Riigikantselei, lk 146
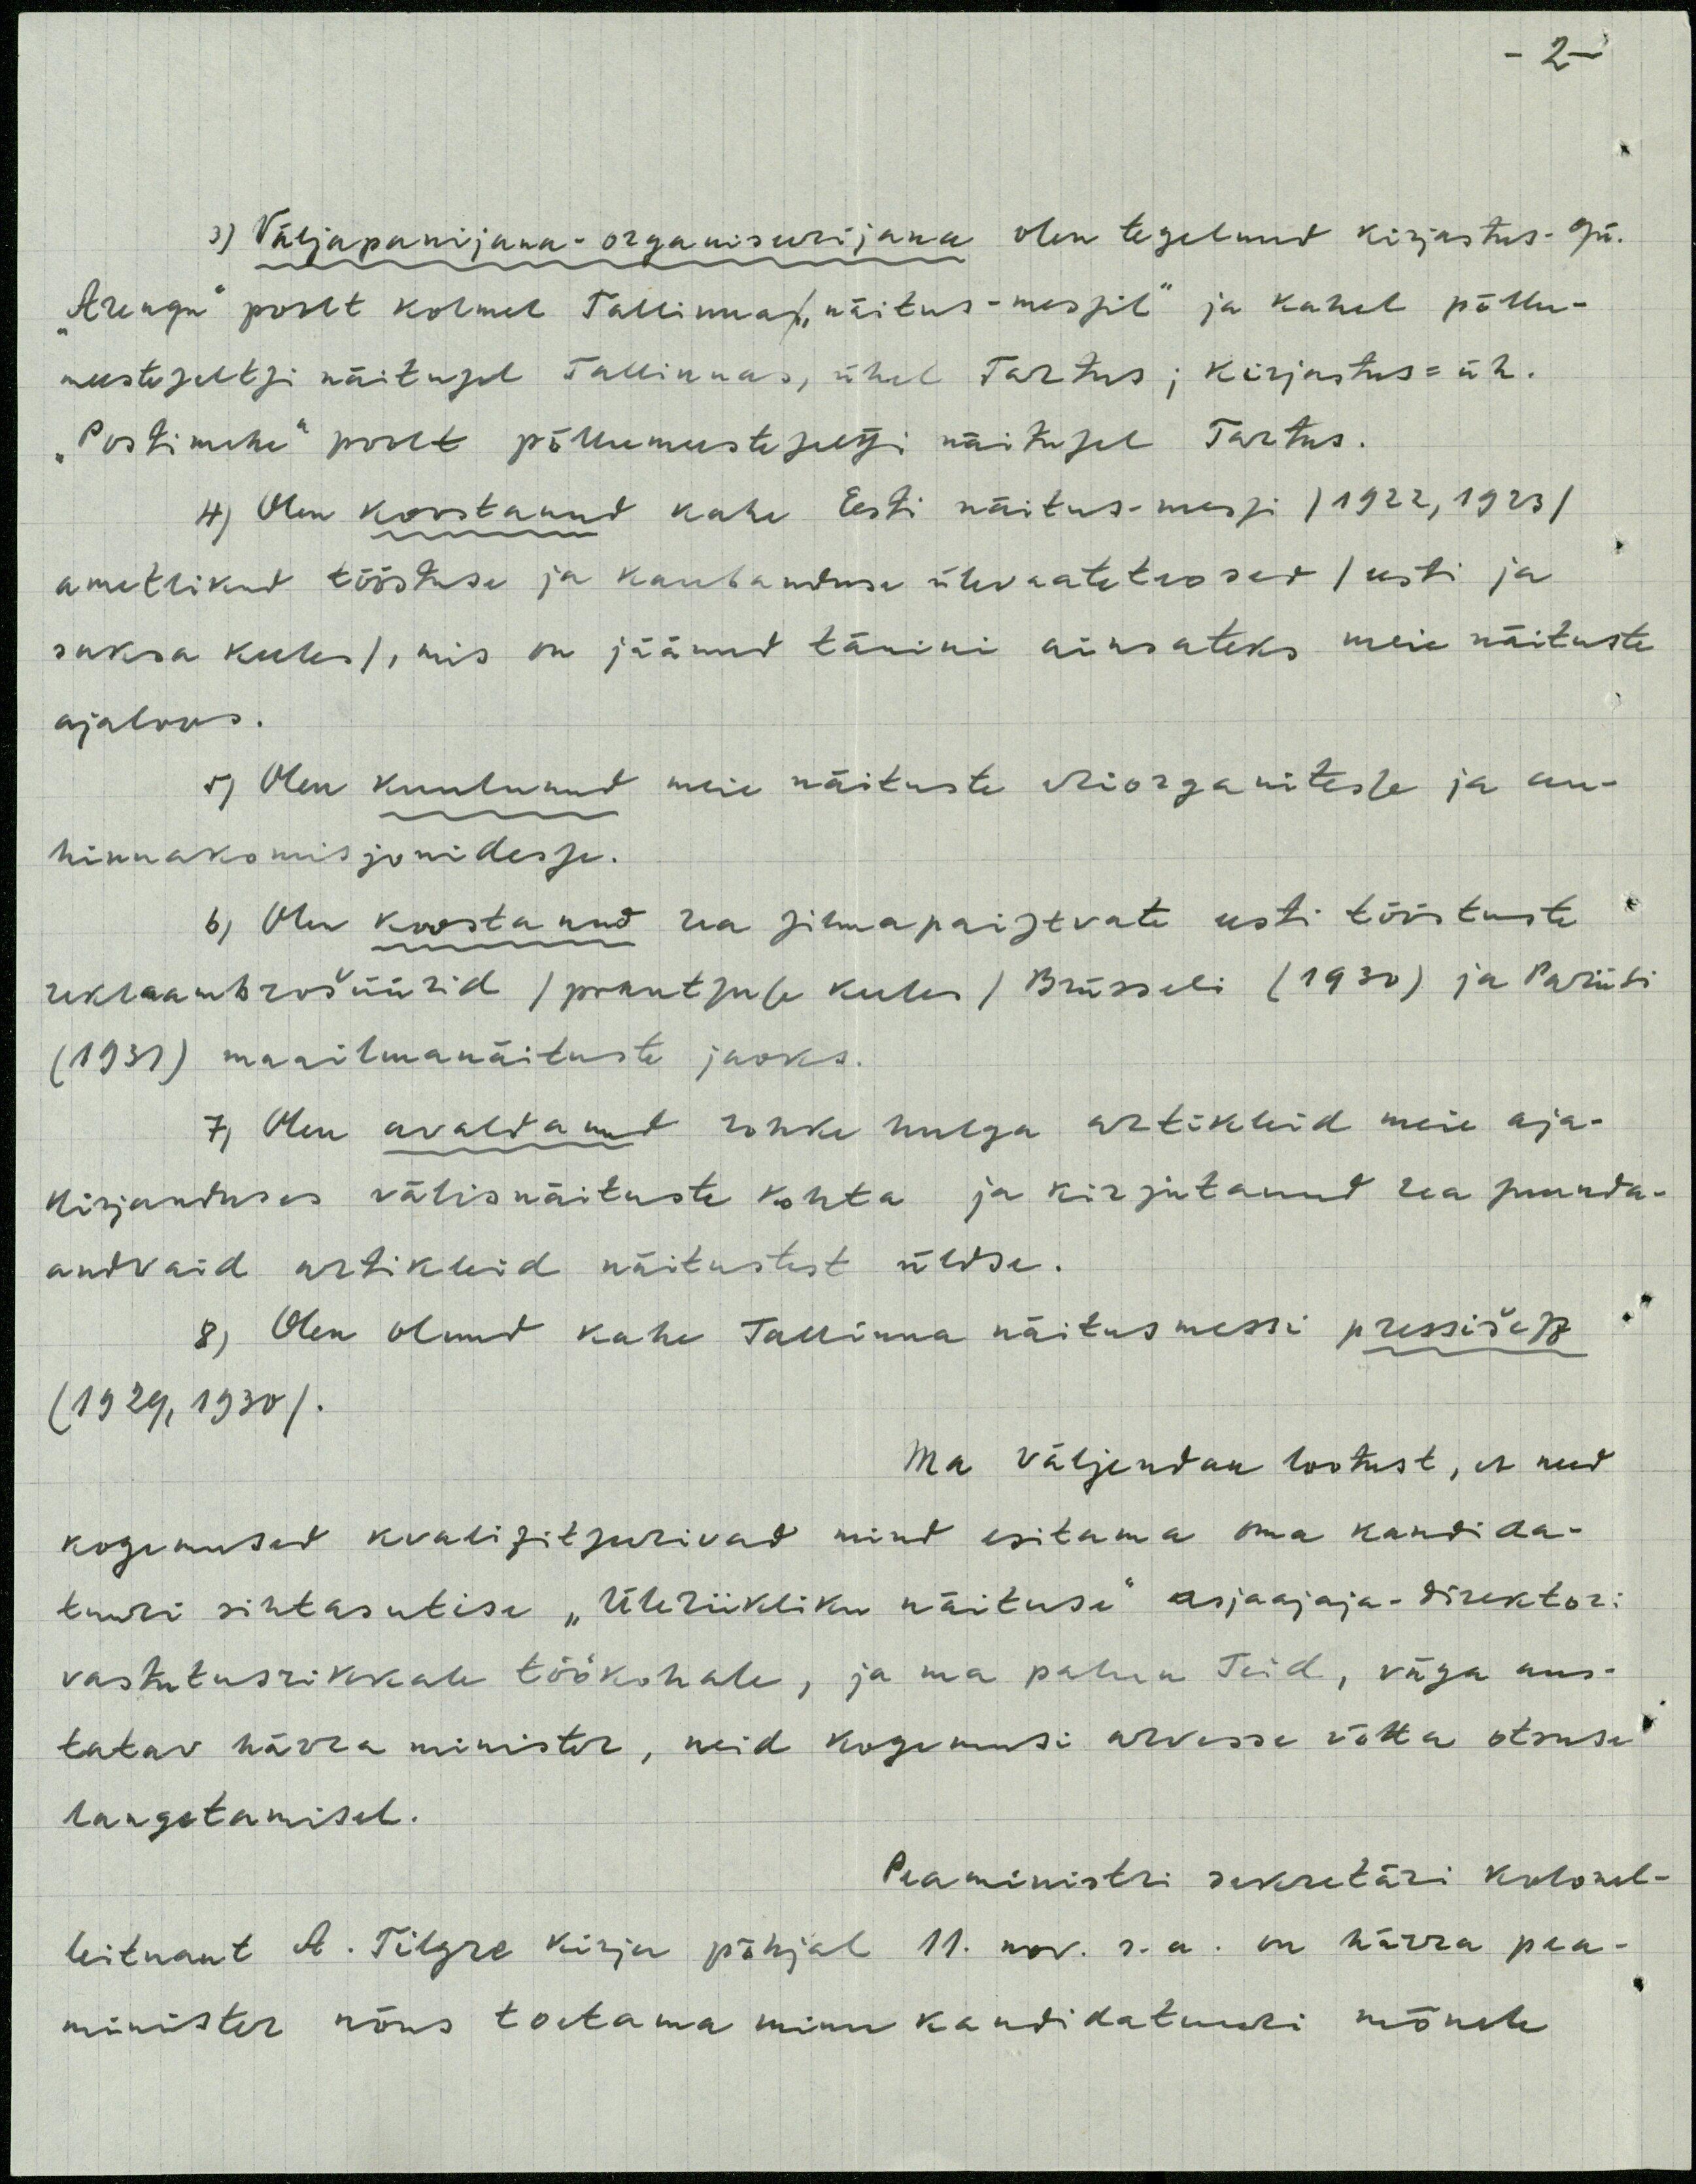
-2-
3) Väljapanijana-organiseerijana olen tegelenud kirjastus- o/ü.
"Aregu" poolt kolmel Tallinna/ "näitus-messil" ja kahel põllu-
meeste seltsi näitusel Tallinnas, ühel Tartus; kirjastus- üh.
"Postimehe" poolt põllumeeste seltsi näitusel Tartus.
4) Olen koostanud kahe Eesti näitus-messi /1922,1923/
ametlikud tööstuse ja kaubanduse ülevaateteosed /eesti ja
saksa keeles/, mis on jäänud tänini ainsateks meie näituste
ajaloos.
5) Olen kuulunud meie näituste eriorganitesse ja au-
hinnakomisjonidesse.
b) Olen koostanud rea silmapaistvate eesti tööstuste
reklaambrošüürisid /prantsuse keeles/ Brüsseli (1930) ja Pariisi
(1931) maailmanäituste jaoks.
7) Olen avaldanud rohke hulga artikleid meie aja-
kirjanduses välisnäituste kohta ja kirjutanud rea suunda-
andvaid artikleid näitustest üldse.
8) Olen olnud kahe Tallinna näitusmessi pressišeff
(1929,1930).
Ma väljendan lootust, et need
kogemused kvalifitseerivad mind esitama oma kandida-
tuuri sihtasutise "Üleriikliku näituse" asjaajaja-direktori
vastutusrikkale töökohale, ja ma palun Teid, väga aus-
tatav härra minister, neid kogemusi arvesse võtta otsuse
langetamisel.
Peaministri sekretäri kolonel-
leitnant A. Tilgre kirja põhjal 11. nov. s.a. on härra pea-
minister nõus toetama minu kandidatuuri mõnele